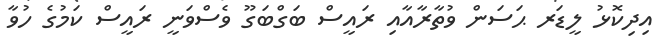
އިދިކޮޅު ލީޑަރ ޙަސަން ވުތާރާއާއި ރައީސް ބަގްބަގޫ ވެސްވަނީ ރައީސް ކަމުގެ ހުވާ